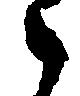
々